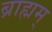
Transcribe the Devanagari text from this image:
ब्राह्मम्